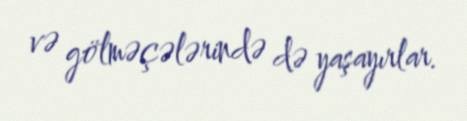
və gölməçələrində də yaşayırlar.